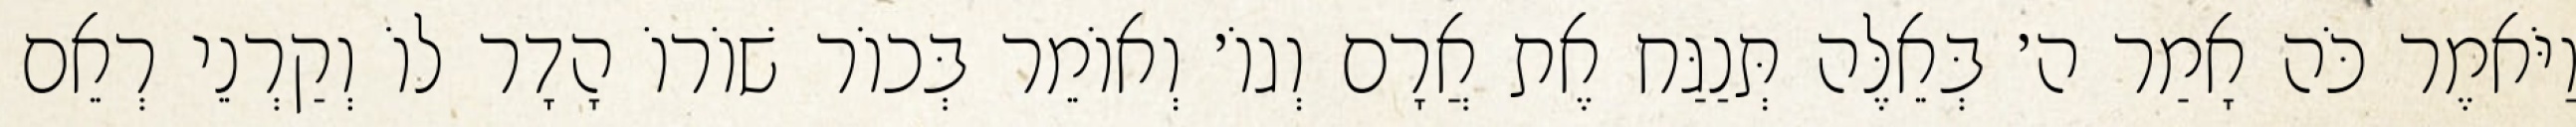
וַיֹּאמֶר כֹּה אָמַר ה׳ בְּאֵלֶּה תְּנַגַּח אֶת אֲרָם וְגוֹ׳ וְאוֹמֵר בְּכוֹר שׁוֹרוֹ הָדָר לוֹ וְקַרְנֵי רְאֵם